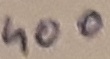
Text: 400